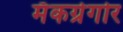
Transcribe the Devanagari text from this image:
मॅकग्रेगोर